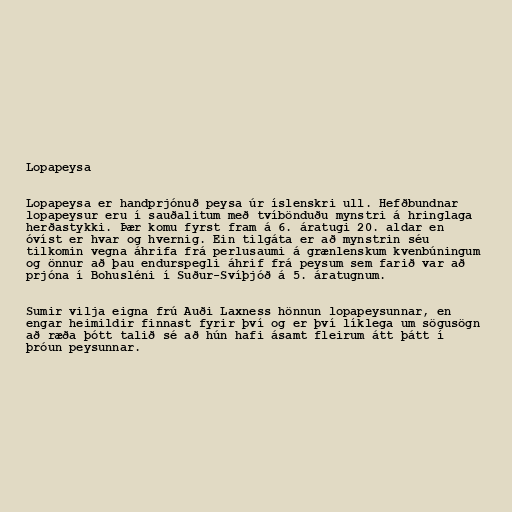
Lopapeysa

Lopapeysa er handprjónuð peysa úr íslenskri ull. Hefðbundnar
lopapeysur eru í sauðalitum með tvíbönduðu mynstri á hringlaga
herðastykki. Þær komu fyrst fram á 6. áratugi 20. aldar en
óvíst er hvar og hvernig. Ein tilgáta er að mynstrin séu
tilkomin vegna áhrifa frá perlusaumi á grænlenskum kvenbúningum
og önnur að þau endurspegli áhrif frá peysum sem farið var að
prjóna í Bohusléni í Suður-Svíþjóð á 5. áratugnum.

Sumir vilja eigna frú Auði Laxness hönnun lopapeysunnar, en
engar heimildir finnast fyrir því og er því líklega um sögusögn
að ræða þótt talið sé að hún hafi ásamt fleirum átt þátt í
þróun peysunnar.